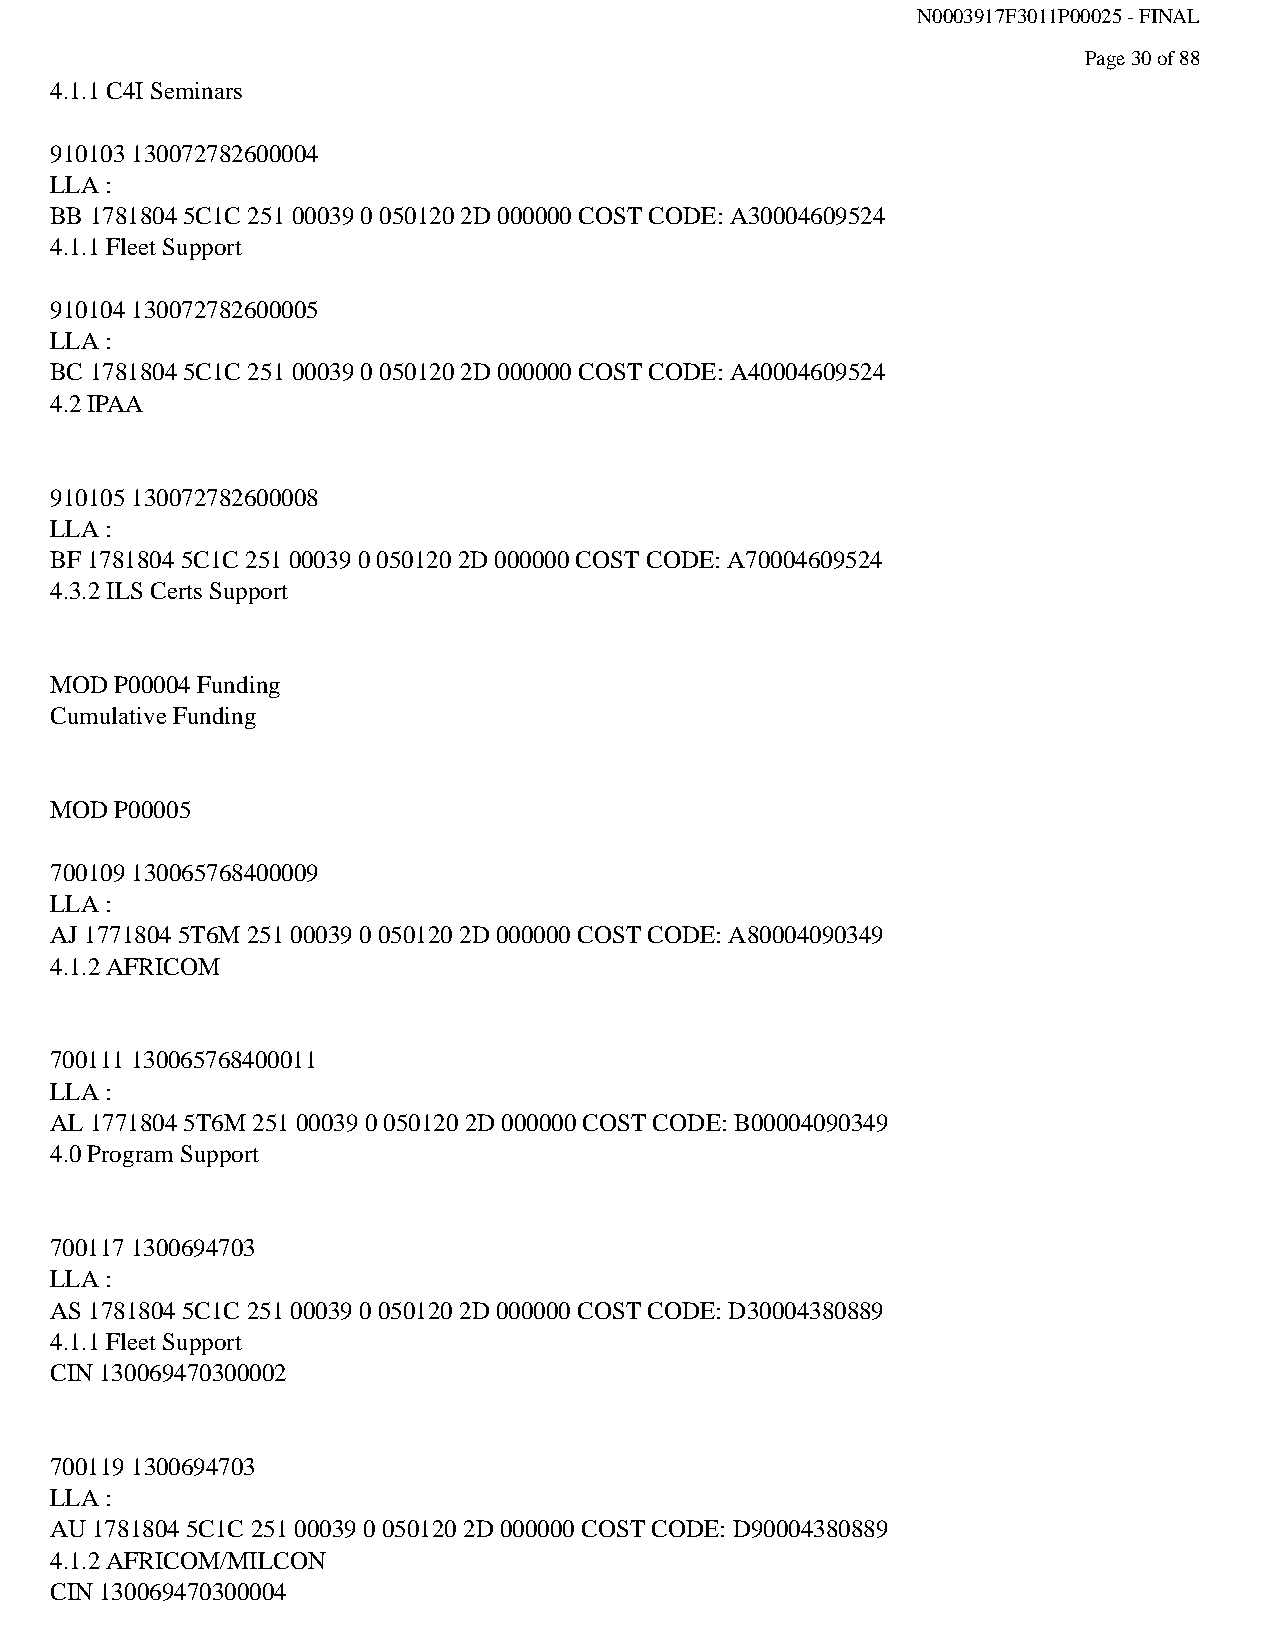
N0003917F3011P00025 - FINAL
 Page 30 of 88
 4.1.1 C4I Seminars
 910103 130072782600004
 LLA :
 BB 1781804 5C1C 251 00039 0 050120 2D 000000 COST CODE: A30004609524
 4.1.1 Fleet Support
 910104 130072782600005
 LLA :
 BC 1781804 5C1C 251 00039 0 050120 2D 000000 COST CODE: A40004609524
 4.2 IPAA
 910105 130072782600008
 LLA :
 BF 1781804 5C1C 251 00039 0 050120 2D 000000 COST CODE: A70004609524
 4.3.2 ILS Certs Support
 MOD  P00004 Funding
 Cumulative Funding
 MOD  P00005
 700109 130065768400009
 LLA :
 AJ 1771804 5T6M 251 00039 0 050120 2D 000000 COST CODE: A80004090349
 4.1.2 AFRICOM
 700111 130065768400011
 LLA :
 AL 1771804 5T6M 251 00039 0 050120 2D 000000 COST CODE: B00004090349
 4.0 Program Support
 700117 1300694703
 LLA :
 AS 1781804 5C1C 251 00039 0 050120 2D 000000 COST CODE: D30004380889
 4.1.1 Fleet Support
 CIN 130069470300002
 700119 1300694703
 LLA :
 AU 1781804 5C1C 251 00039 0 050120 2D 000000 COST CODE: D90004380889
 4.1.2 AFRICOM/MILCON
 CIN 130069470300004